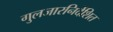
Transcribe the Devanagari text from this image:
गुलजारनिर्देशित